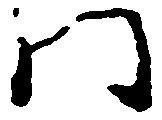
門